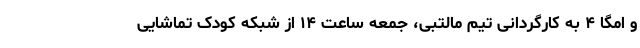
و امگا ۴ به کارگردانی تیم مالتبی، جمعه ساعت ۱۴ از شبکه کودک تماشایی